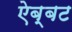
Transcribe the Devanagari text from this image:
ऐब्बट